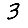
Digit: 3